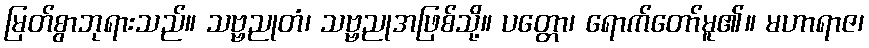
မြတ်စွာဘုရားသည်။ သဗ္ဗညုတံ၊ သဗ္ဗညုအဖြစ်သို့။ ပတ္တော၊ ရောက်တော်မူ၏။ မဟာရာဇ၊